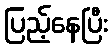
ပြည့်နေပြီး